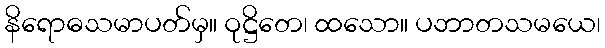
နိရောဓသမာပတ်မှ။ ဝုဋ္ဌိတေ၊ ထသော။ ပဘာတသမယေ၊